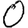
Digit: 0